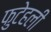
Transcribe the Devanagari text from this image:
फुटेहली